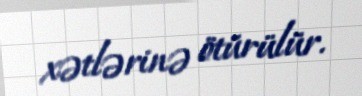
xətlərinə ötürülür.